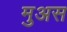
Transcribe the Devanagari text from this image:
मुअस